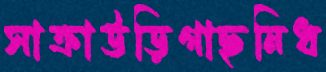
সাক্রাউড়িগাছনিধ